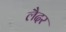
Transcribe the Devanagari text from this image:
लैदर